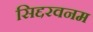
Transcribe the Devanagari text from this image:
सिद्दरवनम